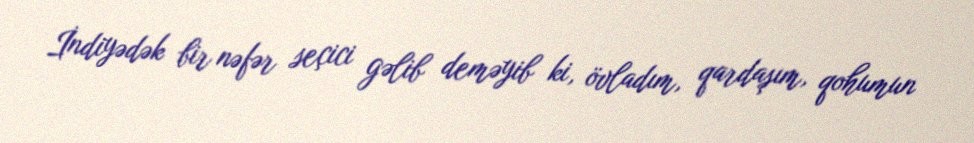
İndiyədək bir nəfər seçici gəlib deməyib ki, övladım, qardaşım, qohumun